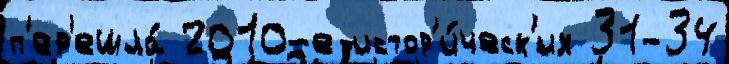
п'ер'ешла́ 2010-е истор'и́ческ'их 31-34